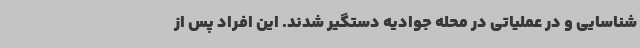
شناسایی و در عملیاتی در محله جوادیه دستگیر شدند. این افراد پس از